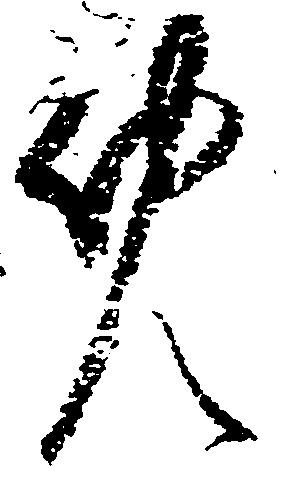
免